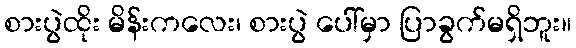
စားပွဲထိုး မိန်းကလေး၊ စားပွဲ ပေါ်မှာ ပြာခွက်မရှိဘူး။